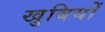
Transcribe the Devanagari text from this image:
खुबियों